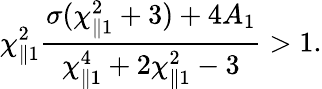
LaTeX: \chi_{\parallel 1}^{2}\frac{\sigma(\chi_{\parallel 1}^{2}+3)+4A_{1}}{\chi_{\parallel 1}^{4}+2\chi_{\parallel 1}^{2}-3}>1.